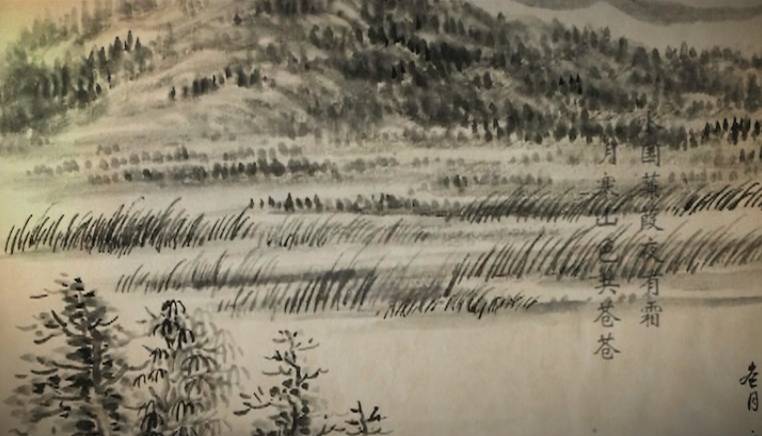
谁言千里自今夕，离梦杳如关塞长。